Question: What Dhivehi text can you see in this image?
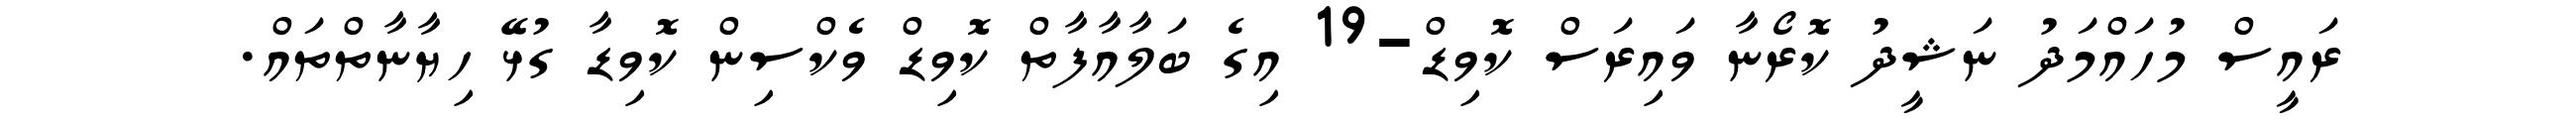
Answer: ރައީސް މުހައްމަދު ނަޝީދު ކޮރޯނާ ވައިރަސް ކޮވިޑް-19 އިގެ ބަލާއާފާތް ކޮވިޑް ވެކްސިން ކޮވިޑާ ގުޅޭ ހިޔާނާތްތައް.